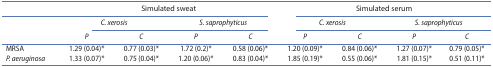
<table><thead><tr><td><b> </b></td><td colspan="4"><b>Simulated sweat</b></td><td colspan="4"><b>Simulated serum</b></td></tr><tr><td><b> </b></td><td colspan="2"><b><i>C. xerosis</i></b></td><td colspan="2"><b><i>S. saprophyticus</i></b></td><td colspan="2"><b><i>C. xerosis</i></b></td><td colspan="2"><b><i>S. saprophyticus</i></b></td></tr><tr><td><b> </b></td><td><b><i>P</i></b></td><td><b><i>C</i></b></td><td><b><i>P</i></b></td><td><b><i>C</i></b></td><td><b><i>P</i></b></td><td><b><i>C</i></b></td><td><b><i>P</i></b></td><td><b><i>C</i></b></td></tr></thead><tbody><tr><td>MRSA</td><td>1.29 (0.04)*</td><td>0.77 (0.03)*</td><td>1.72 (0.2)*</td><td>0.58 (0.06)*</td><td>1.20 (0.09)*</td><td>0.84 (0.06)*</td><td>1.27 (0.07)*</td><td>0.79 (0.05)*</td></tr><tr><td><i>P. aeruginosa</i></td><td>1.33 (0.07)*</td><td>0.75 (0.04)*</td><td>1.20 (0.06)*</td><td>0.83 (0.04)*</td><td>1.85 (0.19)*</td><td>0.55 (0.06)*</td><td>1.81 (0.15)*</td><td>0.51 (0.11)*</td></tr></tbody></table>